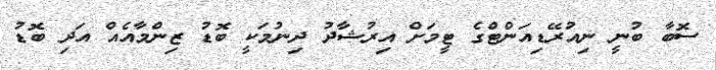
ސޮބާ ބުނީ ނިއުރޭޑިއަންޓްގެ ޓީމަށް އިރުޝާދު ދިނުމަކީ ބޮޑު ޒިންމާއެއް އަދި ބޮޑު